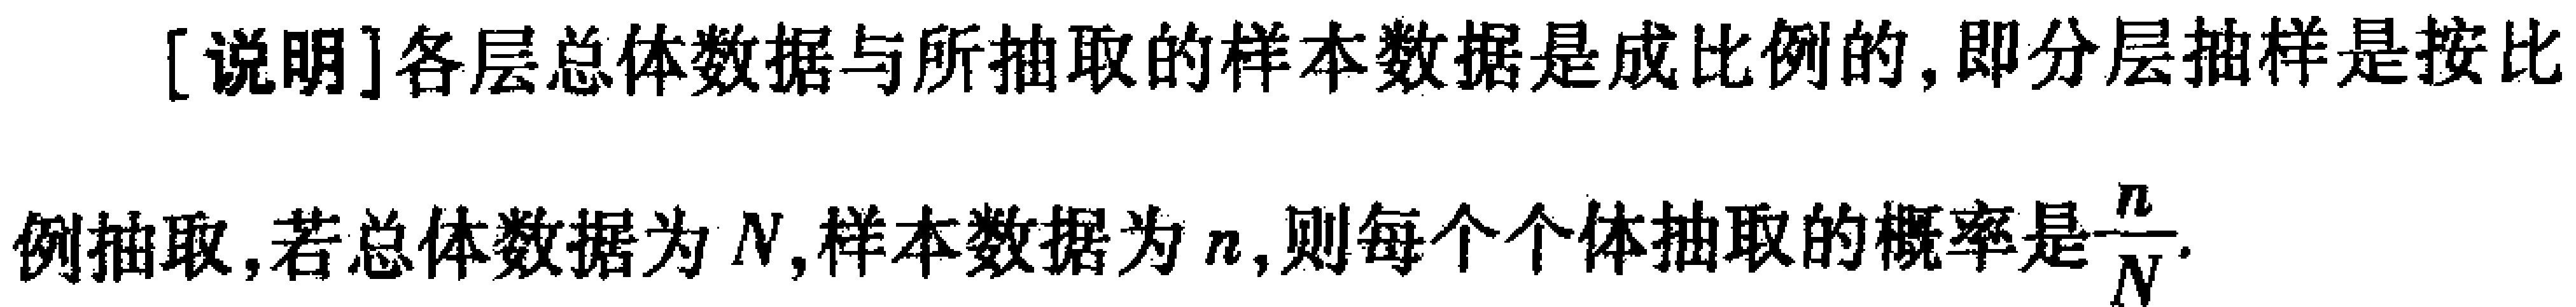
[说明]各层总体数据与所抽取的样本数据是成比例的,即分层抽样是按比例抽取,若总体数据为\(N\),样本数据为\(n\),则每个个体抽取的概率是\(\frac{n}{N}\).